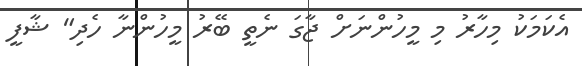
އެކަމަކު މިހާރު މި މީހުންނަށް ޖާގަ ނެތީ ބޭރު މީހުންނާ ހެދި" ޝާފީ